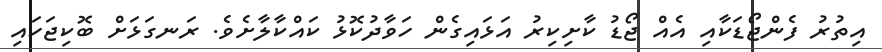
އިތުރު ފެންޖޯޑަކާއި އެއް ޖޯޑު ކާށިކިރު އަޅައިގެން ހަވާދުކޮޅު ކައްކާލާށެވެ. ރަނގަޅަށް ބޮކިޖަހައި